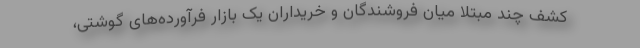
کشف چند مبتلا میان فروشندگان و خریداران یک بازار فرآورده‌های گوشتی،